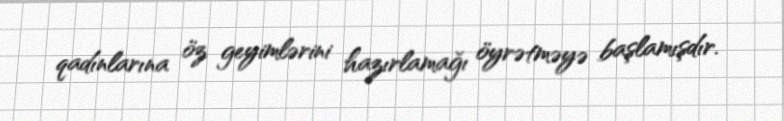
qadınlarına öz geyimlərini hazırlamağı öyrətməyə başlamışdır.